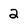
Character: 2